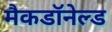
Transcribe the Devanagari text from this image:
मैकडॉनेल्ड